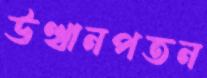
উত্থানপতন